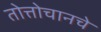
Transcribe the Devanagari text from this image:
तोत्तोचानचे